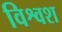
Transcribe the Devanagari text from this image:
विश्वश